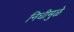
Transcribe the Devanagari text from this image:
निधीमुळे